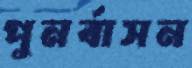
পুনর্বাসন